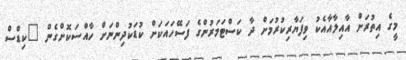
މީގެ އިތުރަށް އާއިލާއާއެކު ވިފަޔާރިކުރުމަށް ދާ ކަސްޓަމަރުންގެ ފަސޭހައަކަށް ކުޑަކުދިންނަށް ހާއްސަކޮށްގެން "ކިޑްސް